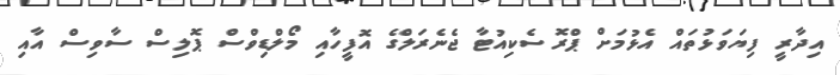
އިދާރީ ފިޔަވަޅުތައް އެޅުމަށް ޕްރޮސެކިއުޓާ ޖެނެރަލްގެ އޮފީހާއި މޯލްޑިވްސް ޕޮލިސް ސާވިސް އާއި